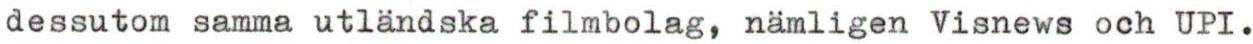
dessutom samma utländska filmbolag, nämligen Visnews och UPI.